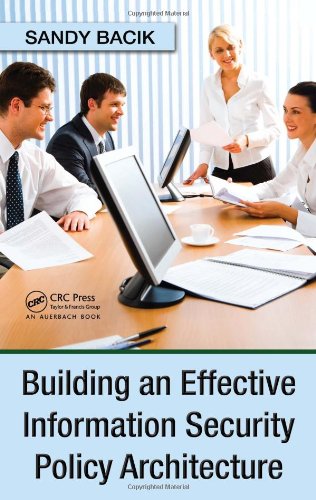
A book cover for Building an Effective Information Security Policy Architecture; Sandy Bacik; Computers & Technology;